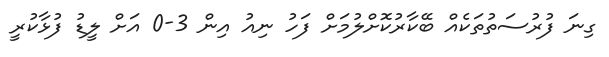
ގިނަ ފުރުސަތުތަކެއް ބޭކާރުކޮށްލުމަށް ފަހު ނިއު އިން 3-0 އަށް ލީޑު ފުޅާކުރީ